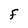
Character: f